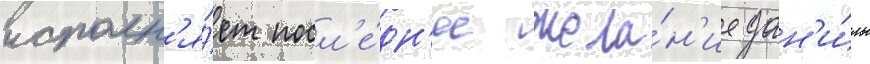
исполн'я́ет посл'е́дн'ее жела́н'ие дан'и́лы